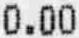
0.00